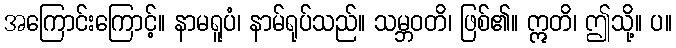
အကြောင်းကြောင့်။ နာမရူပံ၊ နာမ်ရုပ်သည်။ သမ္ဘဝတိ၊ ဖြစ်၏။ ဣတိ၊ ဤသို့။ ပ။